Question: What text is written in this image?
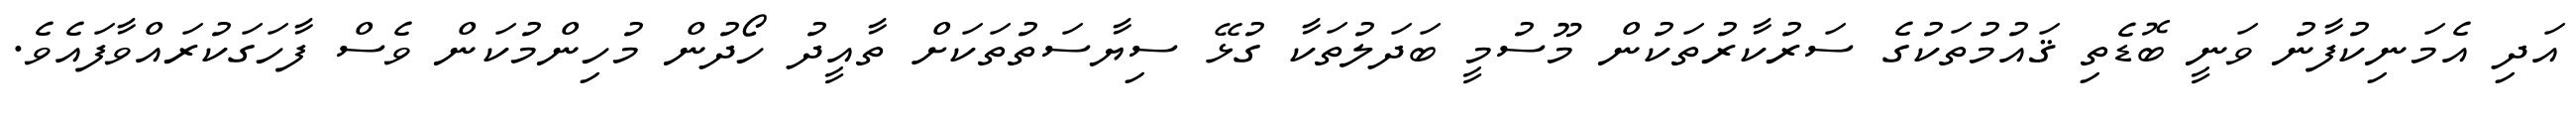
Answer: އަދި އެމަނިކުފާނު ވަނީ ބޮޑެތި ޤައުމުތަކުގެ ސަރުކާރުތަކުން މޫސުމީ ބަދަލުތަކާ ގުޅޭ ސިޔާސަތުތަކަށް ތާއީދު ހޯދުން މުހިންމުކަން ވެސް ފާހަގަކުރައްވާފައެވެ.